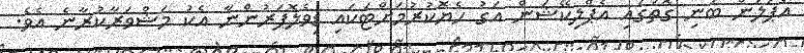
އެޕަލުން ބުނި ގޮތުގައި އެޕްލިކޭޝަން އަގު ހެޔޮކުރުމަށްޓަކައި ޑިވެލޮޕަރުންނާ އެކު މަޝްވަރާކުރާނެ އެވެ.